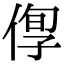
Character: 𠊫